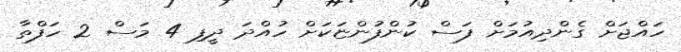
ހައްޖަށް ގެންދިއުމަށް ފަސް ކުންފުންޏަކަަށް ހުއްދަ ދީފި 4 މަސް 2 ހަފްތާ